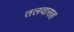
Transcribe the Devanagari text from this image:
तलवासह